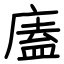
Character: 廅